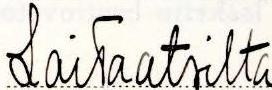
Laitaatsilta